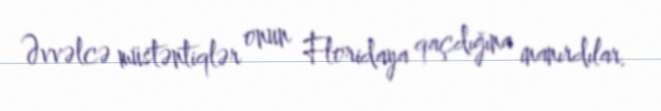
Əvvəlcə müstəntiqlər onun Floridaya qaçdığına inanırdılar.